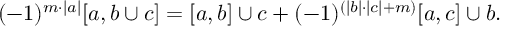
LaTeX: ( - 1 ) ^ { m \cdot | a | } [ a , b \cup c ] = [ a , b ] \cup c + ( - 1 ) ^ { ( | b | \cdot | c | + m ) } [ a , c ] \cup b .